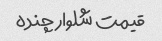
قیمت شلوار چنده